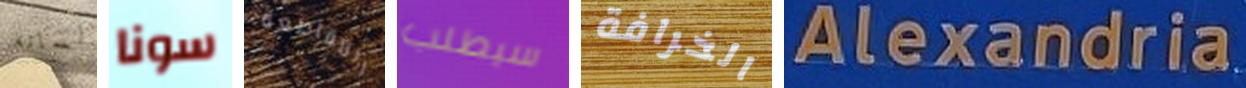
لسانه سونا المقاطعه سيطلب الخرافة Alexandria